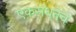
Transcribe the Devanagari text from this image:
एकसंधतेचे